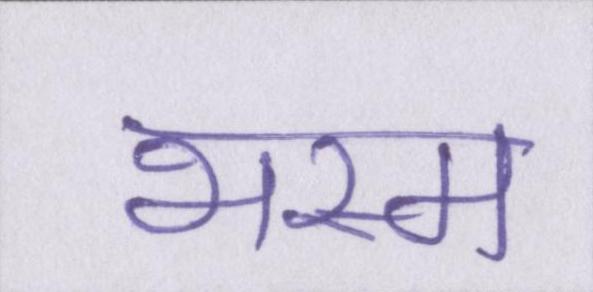
भस्म